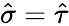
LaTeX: \hat{\sigma}=\hat{\tau}